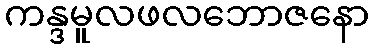
ကန္ဒမူလဖလဘောဇနော